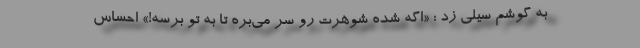
به گوشم سیلی زد : «اگه شده شوهرت رو سر می‌بُره تا به تو برسه!» احساس